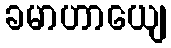
ခမာဟာယျေ